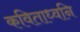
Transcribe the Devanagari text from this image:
कविताध्वनि